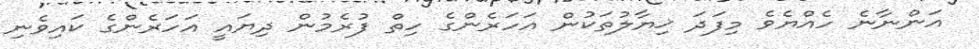
އަންނާނެ ހެއްޔެވެ މިފަދަ ޚިޔާލުތަކުން އަހަރެންގެ ހިތް ފުރެމުން ދިޔައީ އަހަރެންގެ ކައިވެނި